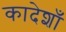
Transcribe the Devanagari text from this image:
कादेशाँ